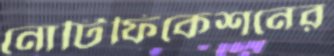
নোটিফিকেশনের